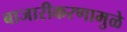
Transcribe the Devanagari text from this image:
बाजारीकरणामुळे